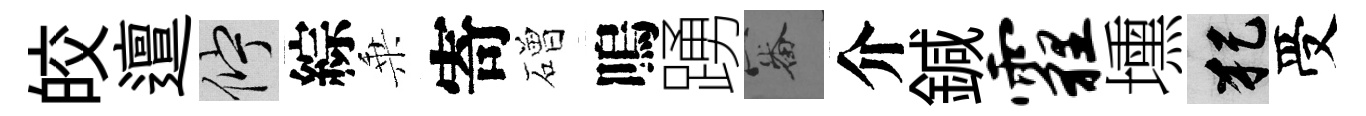
皎邅伫綜乗寄磳嗚踴審介鍼霾壎犯受